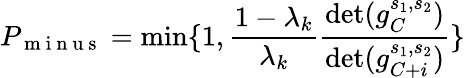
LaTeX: P_{\mathrm{~m~i~n~u~s~}}=\operatorname*{min}\{ 1,\frac{1-\lambda_{k}}{\lambda_{k}}\frac{\operatorname*{det}(g_{C}^{s_{1},s_{2}})}{\operatorname*{det}(g_{C+i}^{s_{1},s_{2}})}\}